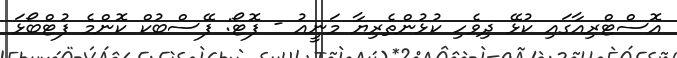
އޮސްޓްރިއާގައި ކުޅޭ ދިވެހި ކުޅުންތެރިޔާ މަނީއު - ފޮޓޯ: ފޭސްބުކް ކޮންމެ ފުޓްބޯޅަ